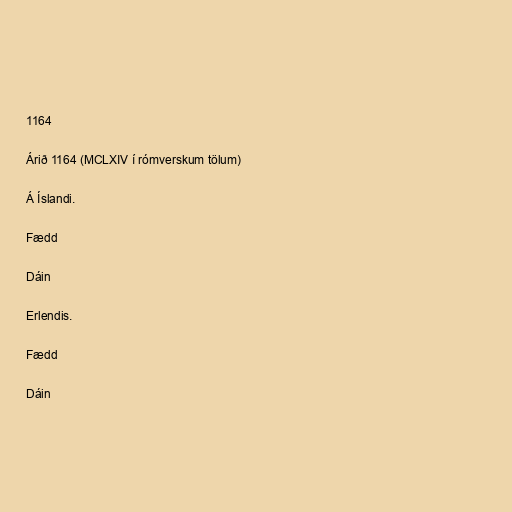
1164

Árið 1164 (MCLXIV í rómverskum tölum)

Á Íslandi.

Fædd

Dáin

Erlendis.

Fædd

Dáin